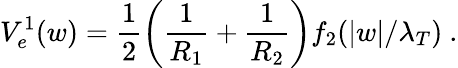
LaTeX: V_{e}^{1}(w)=\frac{1}{2}\left(\frac{1}{R_{1}}+\frac{1}{R_{2}}\right)f_{2}(|w|/\lambda_{T})~.